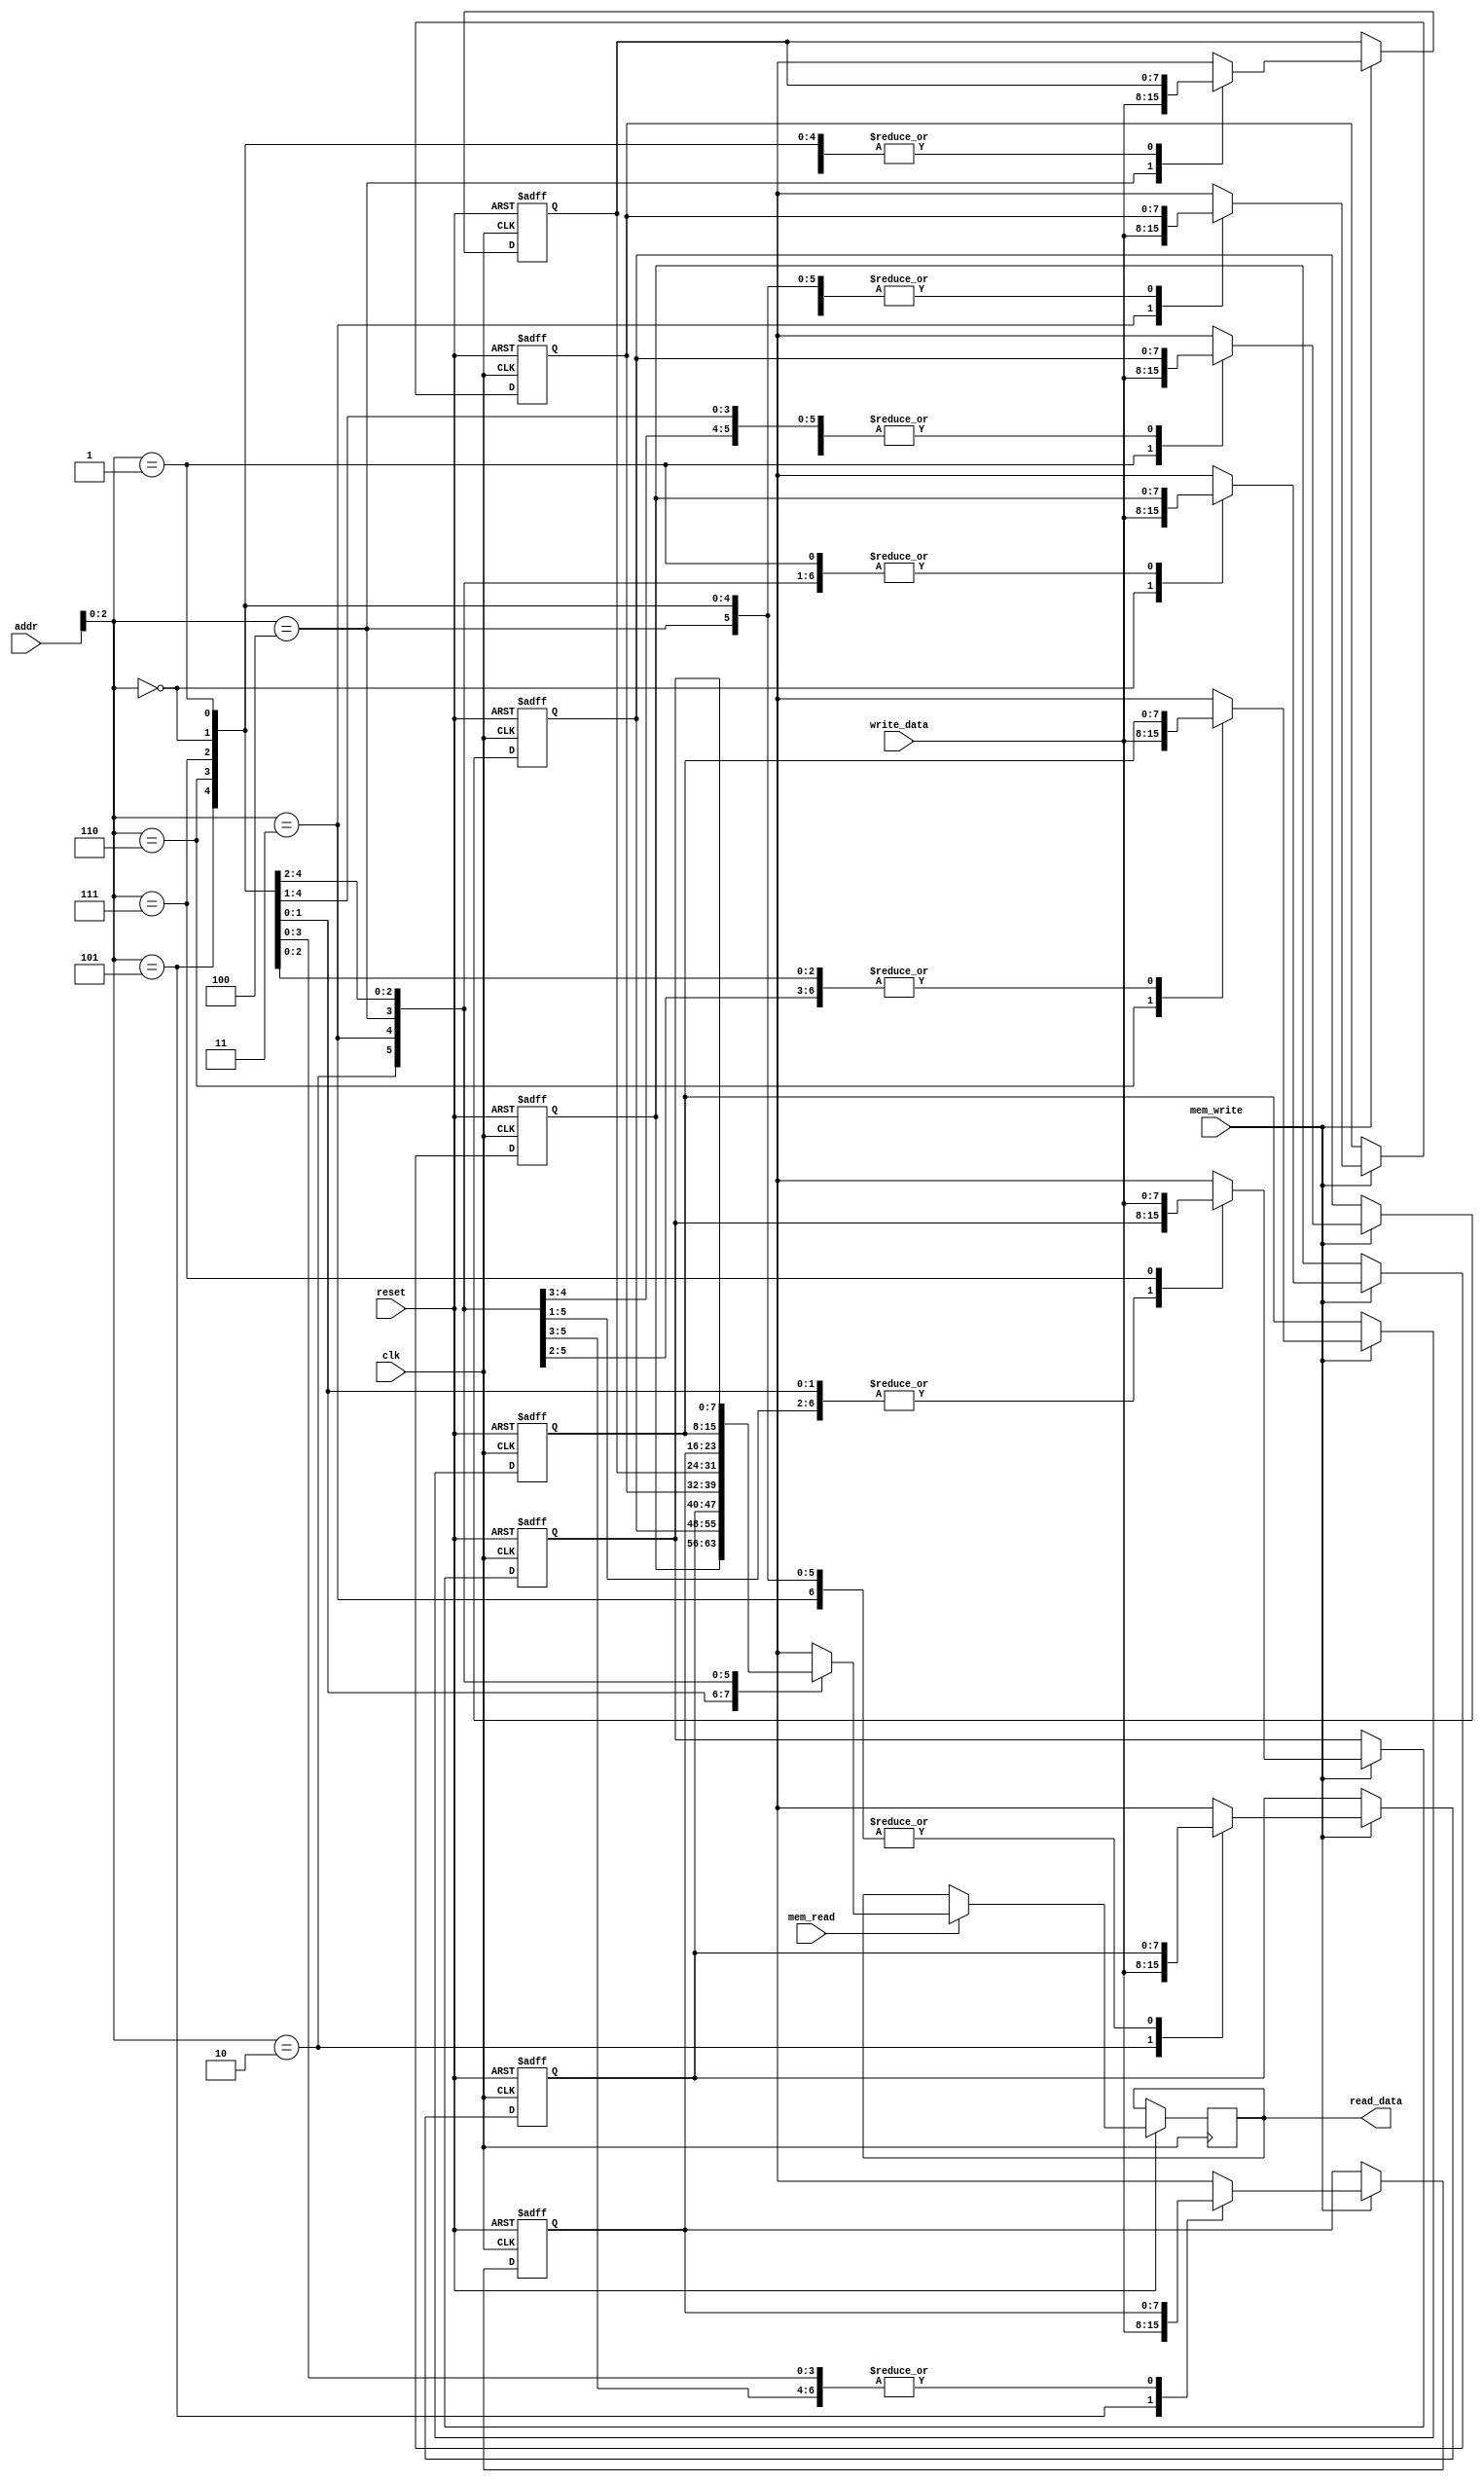
`timescale 1ns / 1ps
//////////////////////////////////////////////////////////////////////////////////
// Company: 
// Engineer: 
// 
// Design Name: 
// Module Name:    data_mem 
// Project Name: 
// Target Devices: 
// Tool versions: 
// Description: 
//
// Dependencies: 
//
// Revision: 
// Revision 0.01 - File Created
// Additional Comments: 
//
//////////////////////////////////////////////////////////////////////////////////
module data_mem(
    input clk,
    input reset,
    input mem_read,
    input mem_write,
    input [7:0] addr,
    input [7:0] write_data,
    output reg [7:0] read_data
    );
reg [7:0] data_mem [7:0];
always@(posedge clk, negedge reset)
	begin
		if(reset ==0) 
			begin
				data_mem[0]= 8'b0;
				data_mem[1]= 8'b1;
				data_mem[2]= 8'b10;
				data_mem[3]= 8'b11;
				data_mem[4]= 8'b100;
				data_mem[5]= 8'b101;
				data_mem[6]= 8'b110;
				data_mem[7]= 8'b111;
			end
		else 
			begin
				if(mem_read == 1)
					read_data = data_mem[addr];
				if(mem_write == 1)
					data_mem[addr] = write_data;
			end
	end
	
endmodule